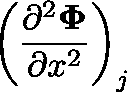
\left( \frac { \partial ^ { 2 } \mathbf { \Phi } } { \partial x ^ { 2 } } \right) _ { j }